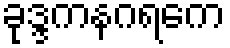
ခုဒ္ဒကနဂရကေ